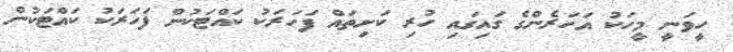
ހީވަނީ މީހަކު އަހަރެންގެ ގައިގައި ހުރި ކަށިތައް ފަހަރަކު ކައްޓަކުން ފަހަރަކު ކައްޓަކުން